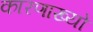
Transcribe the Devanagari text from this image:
कारणाख्यो